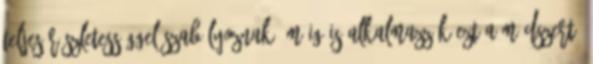
teljes részletességgel szabályoznak, máig is alkalmazzák ezt a módszert,